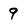
Character: 9